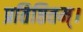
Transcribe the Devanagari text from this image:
प्रतिष्ठितम्‌।